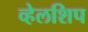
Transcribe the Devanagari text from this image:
व्हेलशिप